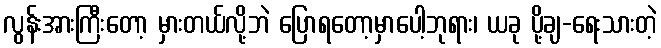
လွန်းအားကြီးတော့ မှားတယ်လို့ဘဲ ပြောရတော့မှာပေါ့ဘုရား၊ ယခု ပို့ချ-ရေးသားတဲ့